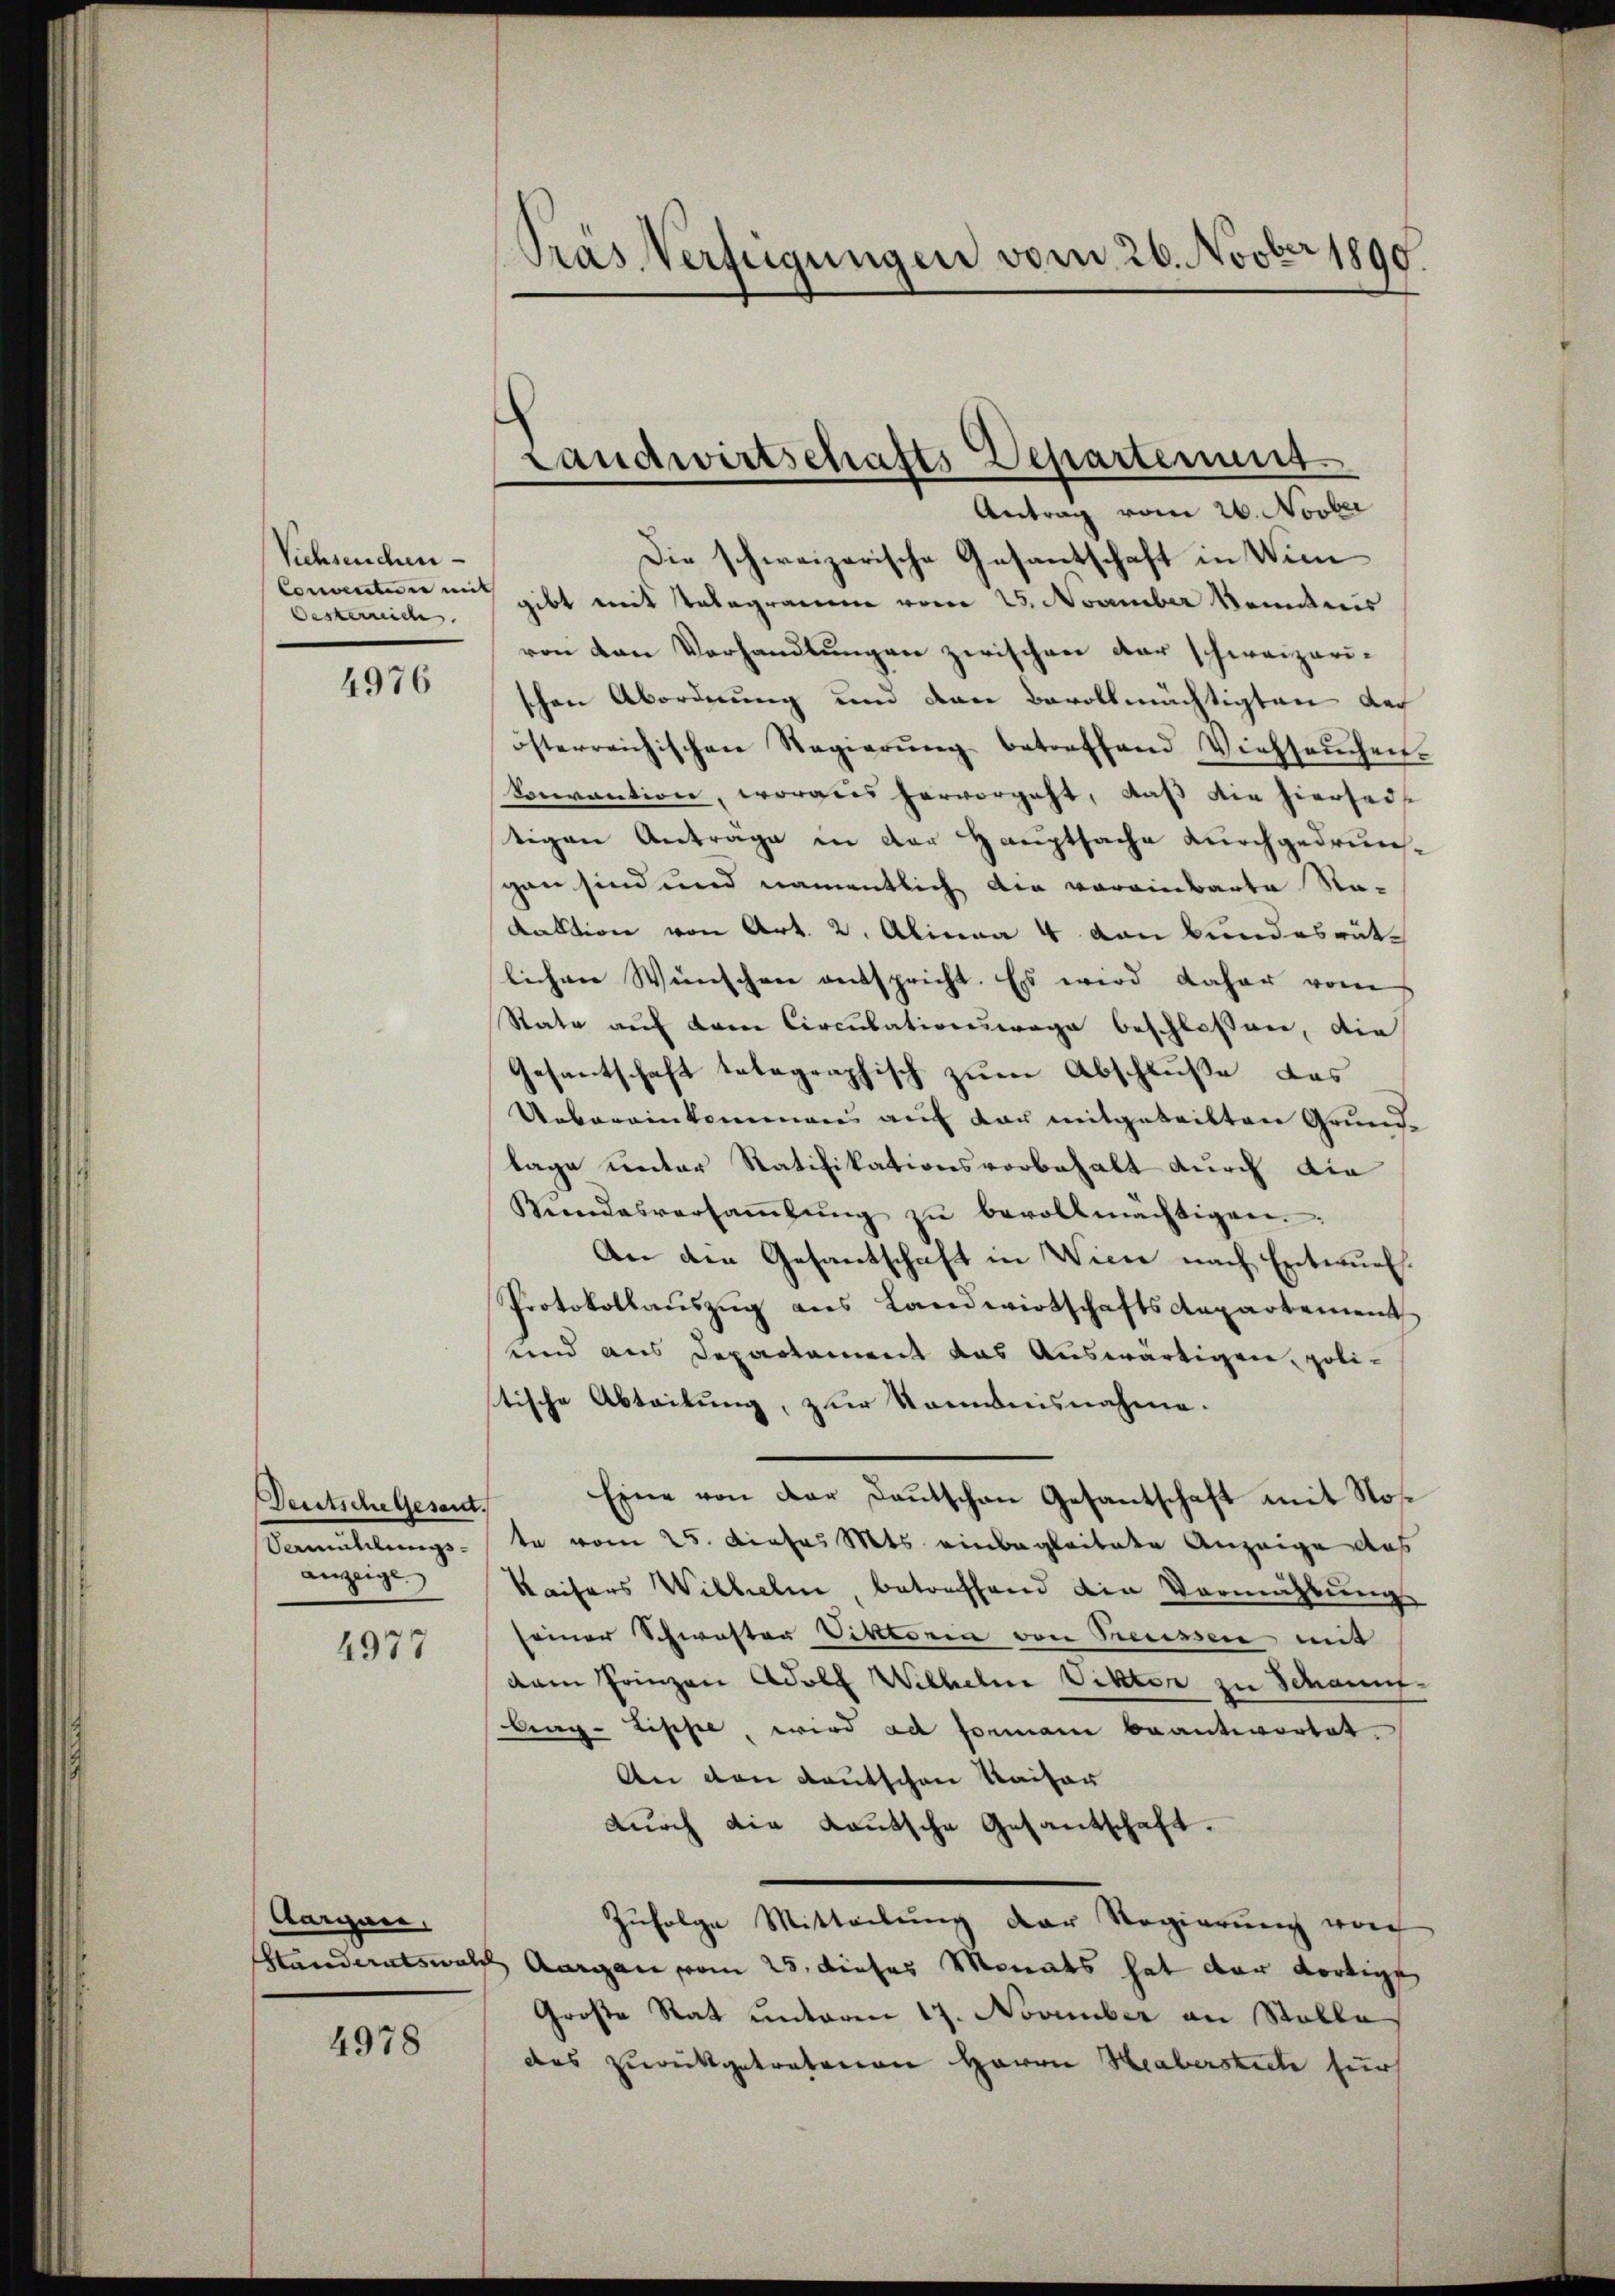
Viehseuchen
Oesterneide.

4976

Deutsche Gesandt.
Vemüllungsanzeige

4977

Aargau,

4978

Pras Verfügungen vom 26. Novber 1890.

Landwirtschafts Departement
Antrag vom 26. Novber

Die schweizerische Gesantschaft in Wien
Conventen mich gibt mit Telegramme vom 25. November kanntnis
von den Verhandlungen zwischen der schweizerischen Abordnung und den Bevollmächtigten der
österreichischen Regierŭng betreffend Viehseuchen.
Vorrantion, woraus hervorgeht, daß die hiersei
tigen Antrage in der Hauptsache durchgedrungan sind und namentlich die voreinbarte Nadaktion von Art. 2. Alinea 4. von Bundesrät
lichen Wünschen entspricht. Es wird daher vom
State auf keine Circulationswage beschlossen, die
Gesantschaft telegraphisch zum Abschluße das
Uebereinkommens auf der mitgeteilten Grundlage unter Ratifikationsvorbehalt durch die
Mindesversaṁlŭng zŭ bevollmächtigen.
An die Gesantschaft in Wien nach Entwurf.
Protokollauszug aus Landwirtschaftsdepartement
unnd aus Departament das Auswärtigen, politische Abteilung, zur kommnisnahme.
Eine von der Baŭtschen Gesantschaft mit Nos
te vom 25. Dieses Mts. einbegleitete Anzeige des
Kaisers Wilhelm, betreffend die Vermählung
seiner Schwester Viktorin von Preussen mit
dam Frinzen Adolf Wilhelne Viktor zu Schauu
Arag- Lippe, wird ad formane beantwortet.
An den Kautschen Kaiser
durch die Lautsche Gesantschaft.
Zŭfolge Mitteilŭng der Regierŭng von
Händeratswald Augen vom 25. dieses Monats hat der dortige
Große Rat unteren 17. November an Stolle
des zurückgetretenen Herrn Haberstecte zur